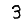
Digit: 3